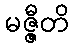
မဇ္ဇီတိ